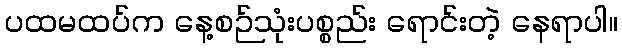
ပထမထပ်က နေ့စဉ်သုံးပစ္စည်း ရောင်းတဲ့ နေရာပါ။